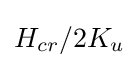
H_{cr}/2K_{u}